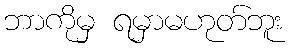
ဘာကိုမှ ရမှာမဟုတ်ဘူး